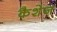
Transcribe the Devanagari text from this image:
कैशेज